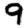
Digit: 9